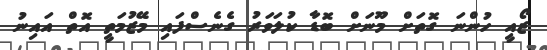
ޒޯއީ ހުންނަ ގޮތަށް މޫނަށް ބޮޑާ ކުލަވަރު ގެނެސްފައި މޭޒުމަތީ އޮތް އައިނު